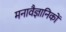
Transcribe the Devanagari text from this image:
मनावैज्ञानिकों